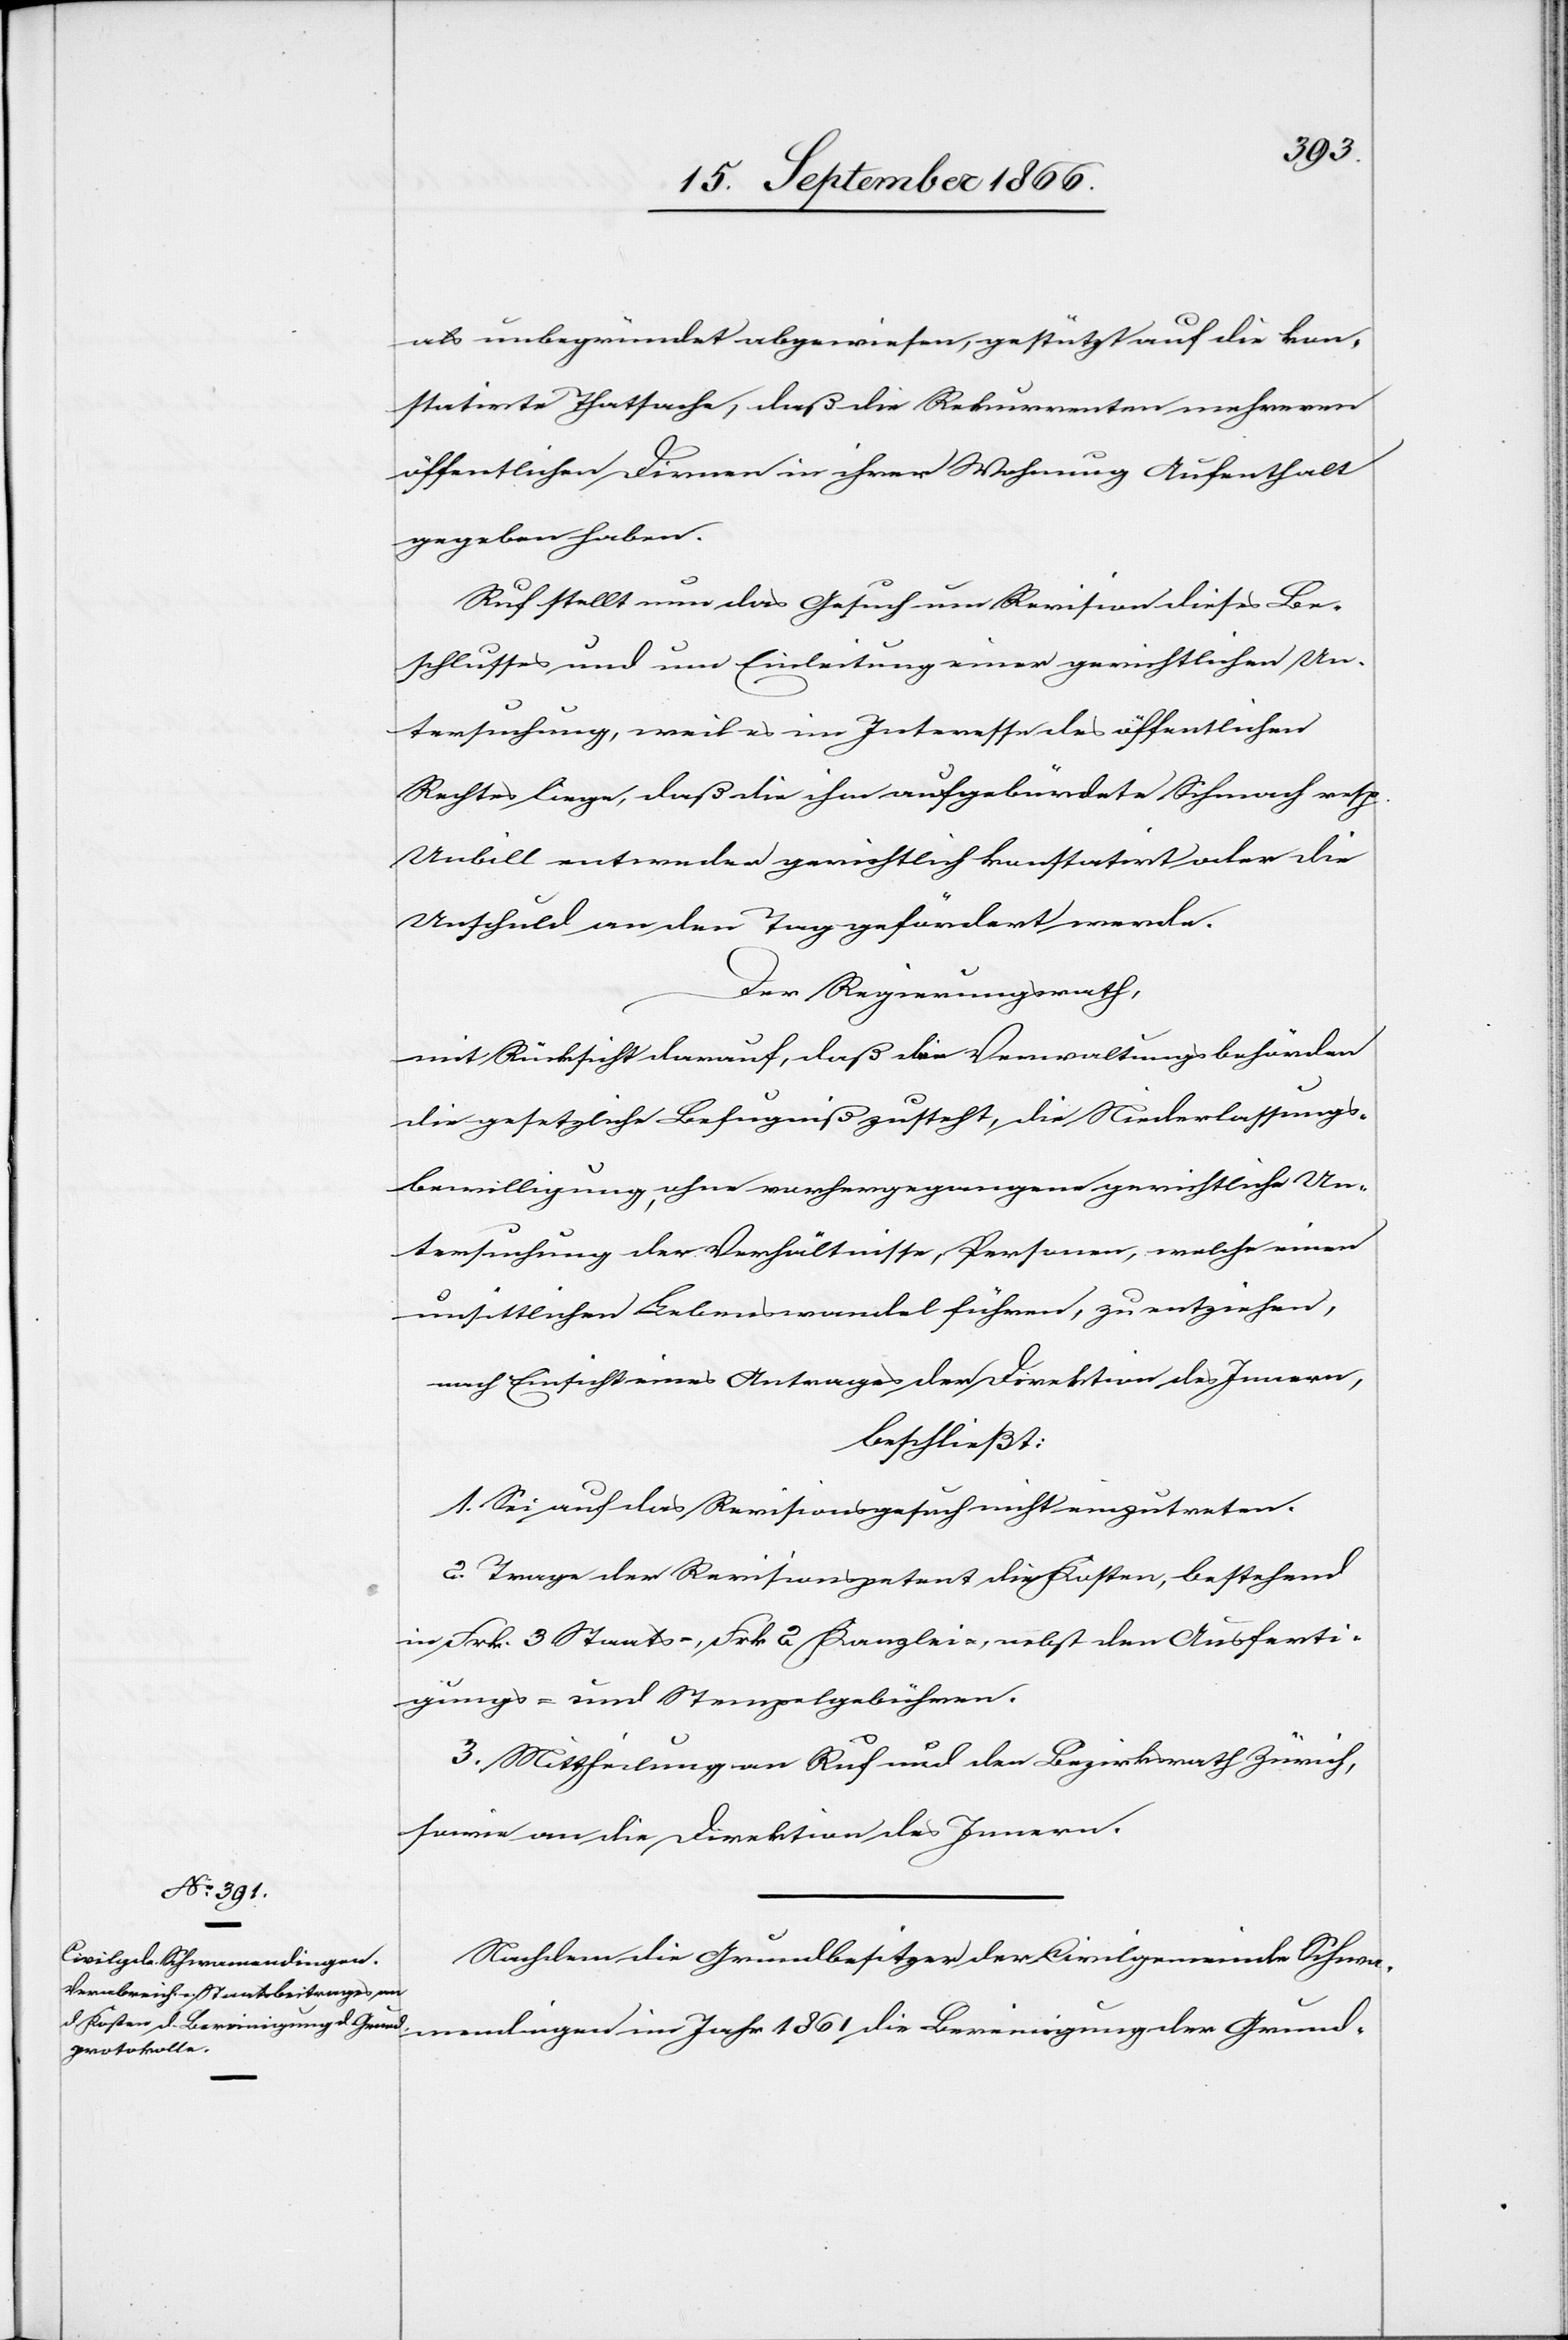
dingen
als unbegründet abgewiesen, gestützt auf die kon¬
statirte Thatsache, daß die Rekurrenten mehrern
öffentlichen Dirnen in ihrer Wohnung Aufenthalt
gegeben haben.
Ruf stellt nun das Gesuch um Revision dieses Be¬
schlusses und um Einleitung einer gerichtlichen Un¬
tersuchung, weil es im Interesse des öffentlichen
Rechtes liege, daß die ihm aufgebürdete Schmach resp.
Unbill entweder gerichtlich konstatirt oder die
Unschuld an den Tag gefördert werde.
Der Regierungsrath,
mit Rücksicht darauf, daß den Verwaltungsbehörden
die gesetzliche Befugniß zusteht, die Niederlassungs¬
bewilligung, ohne vorgezogene gerichtliche Un¬
tersuchung der Verhältnisse, Personen, welche einen
unsittlichen Lebenswandel führen, zu entziehen,
mit Einsicht eines Antrages der Direktion des Innern,
beschließt:
1. Sei auf das Revisionsgesuch nicht einzutreten.
2. Trage der Revisionspetent die Kosten, bestehend
in Frk. 3 Staats-, Frk. 2 Kanzlei-, nebst den Ausferti¬
gungs- u. Stempelgebühren.
3. Mittheilung an Ruf und den Bezirksrath Zürich,
sowie an die Direktion des Innern.
Nachdem die Grundbesitzer der Civilgemeinde Schwamen¬